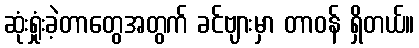
ဆုံးရှုံးခဲ့တာတွေအတွက် ခင်ဗျားမှာ တာဝန် ရှိတယ်။